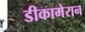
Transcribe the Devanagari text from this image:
डीकामेरान